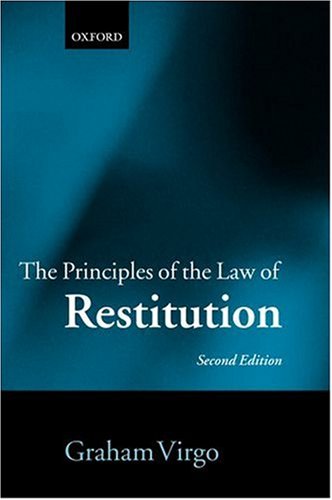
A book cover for The Principles of the Law of Restitution; Graham Virgo; Law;